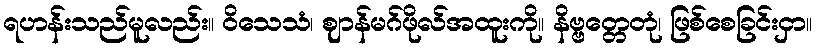
ရဟန်းသည်မူလည်း။ ဝိသေသံ၊ ဈာန်မဂ်ဖိုလ်အထူးကို။ နိဗ္ဗတ္တေတုံ၊ ဖြစ်စေခြင်းငှာ။